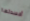
أفسدتها